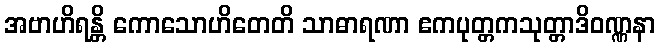
အဗာဟိရန္တိ ကောသောဟိတေတိ သာဓာရဏာ ဧကပုတ္တကသုတ္တာဒိဝဏ္ဏနာ